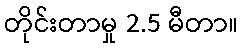
တိုင်းတာမှု 2.5 မီတာ။